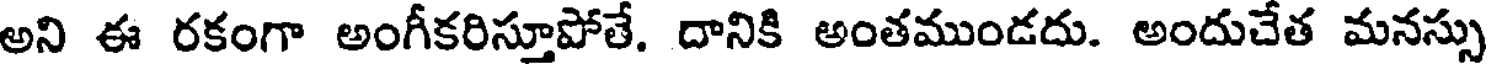
అని ఈ రకంగా అంగీకరిస్తూపోతే. దానికి అంతముండదు. అందుచేత మనస్సు